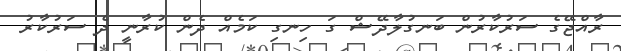
ރާއްޖޭގެ ސަރުކާރުން ބަނގުލާދޭޝް ގަ ހިނގި ކަމެއް ދެން ކުރާނީ ދެ ސަރުކާރު